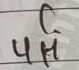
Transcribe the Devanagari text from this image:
पर्ने